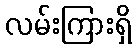
လမ်းကြားရှိ